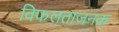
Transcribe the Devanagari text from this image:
विफलताजनक